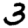
Digit: 3